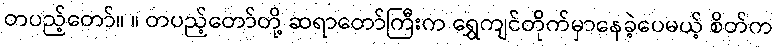
တပည့်တော်။ ။ တပည့်တော်တို့ ဆရာတော်ကြီးက ရွှေကျင်တိုက်မှာနေခဲ့ပေမယ့် စိတ်က